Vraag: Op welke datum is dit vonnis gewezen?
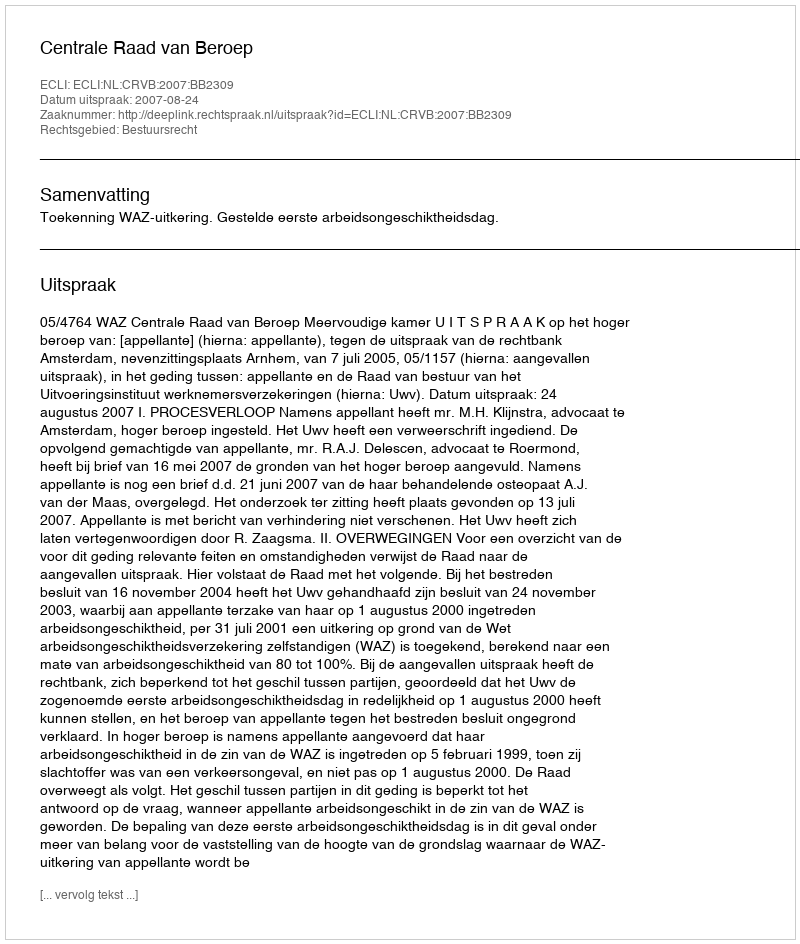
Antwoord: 2007-08-24